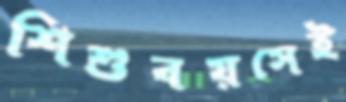
শিশুবয়সেই